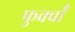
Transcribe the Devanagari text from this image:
फुर्क्वाँ